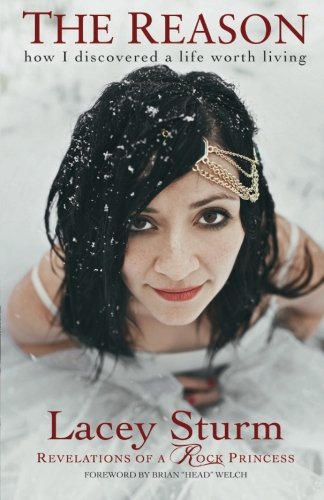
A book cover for The Reason: How I Discovered a Life Worth Living; Lacey Sturm; Biographies & Memoirs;